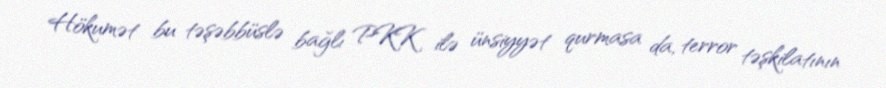
Hökumət bu təşəbbüslə bağlı PKK ilə ünsiyyət qurmasa da, terror təşkilatının